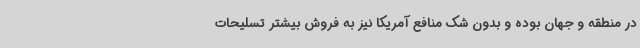
در منطقه و جهان بوده و بدون شک منافع آمریکا نیز به فروش بیشتر تسلیحات